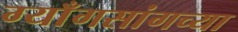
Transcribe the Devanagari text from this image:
ग्याँगसांगच्या